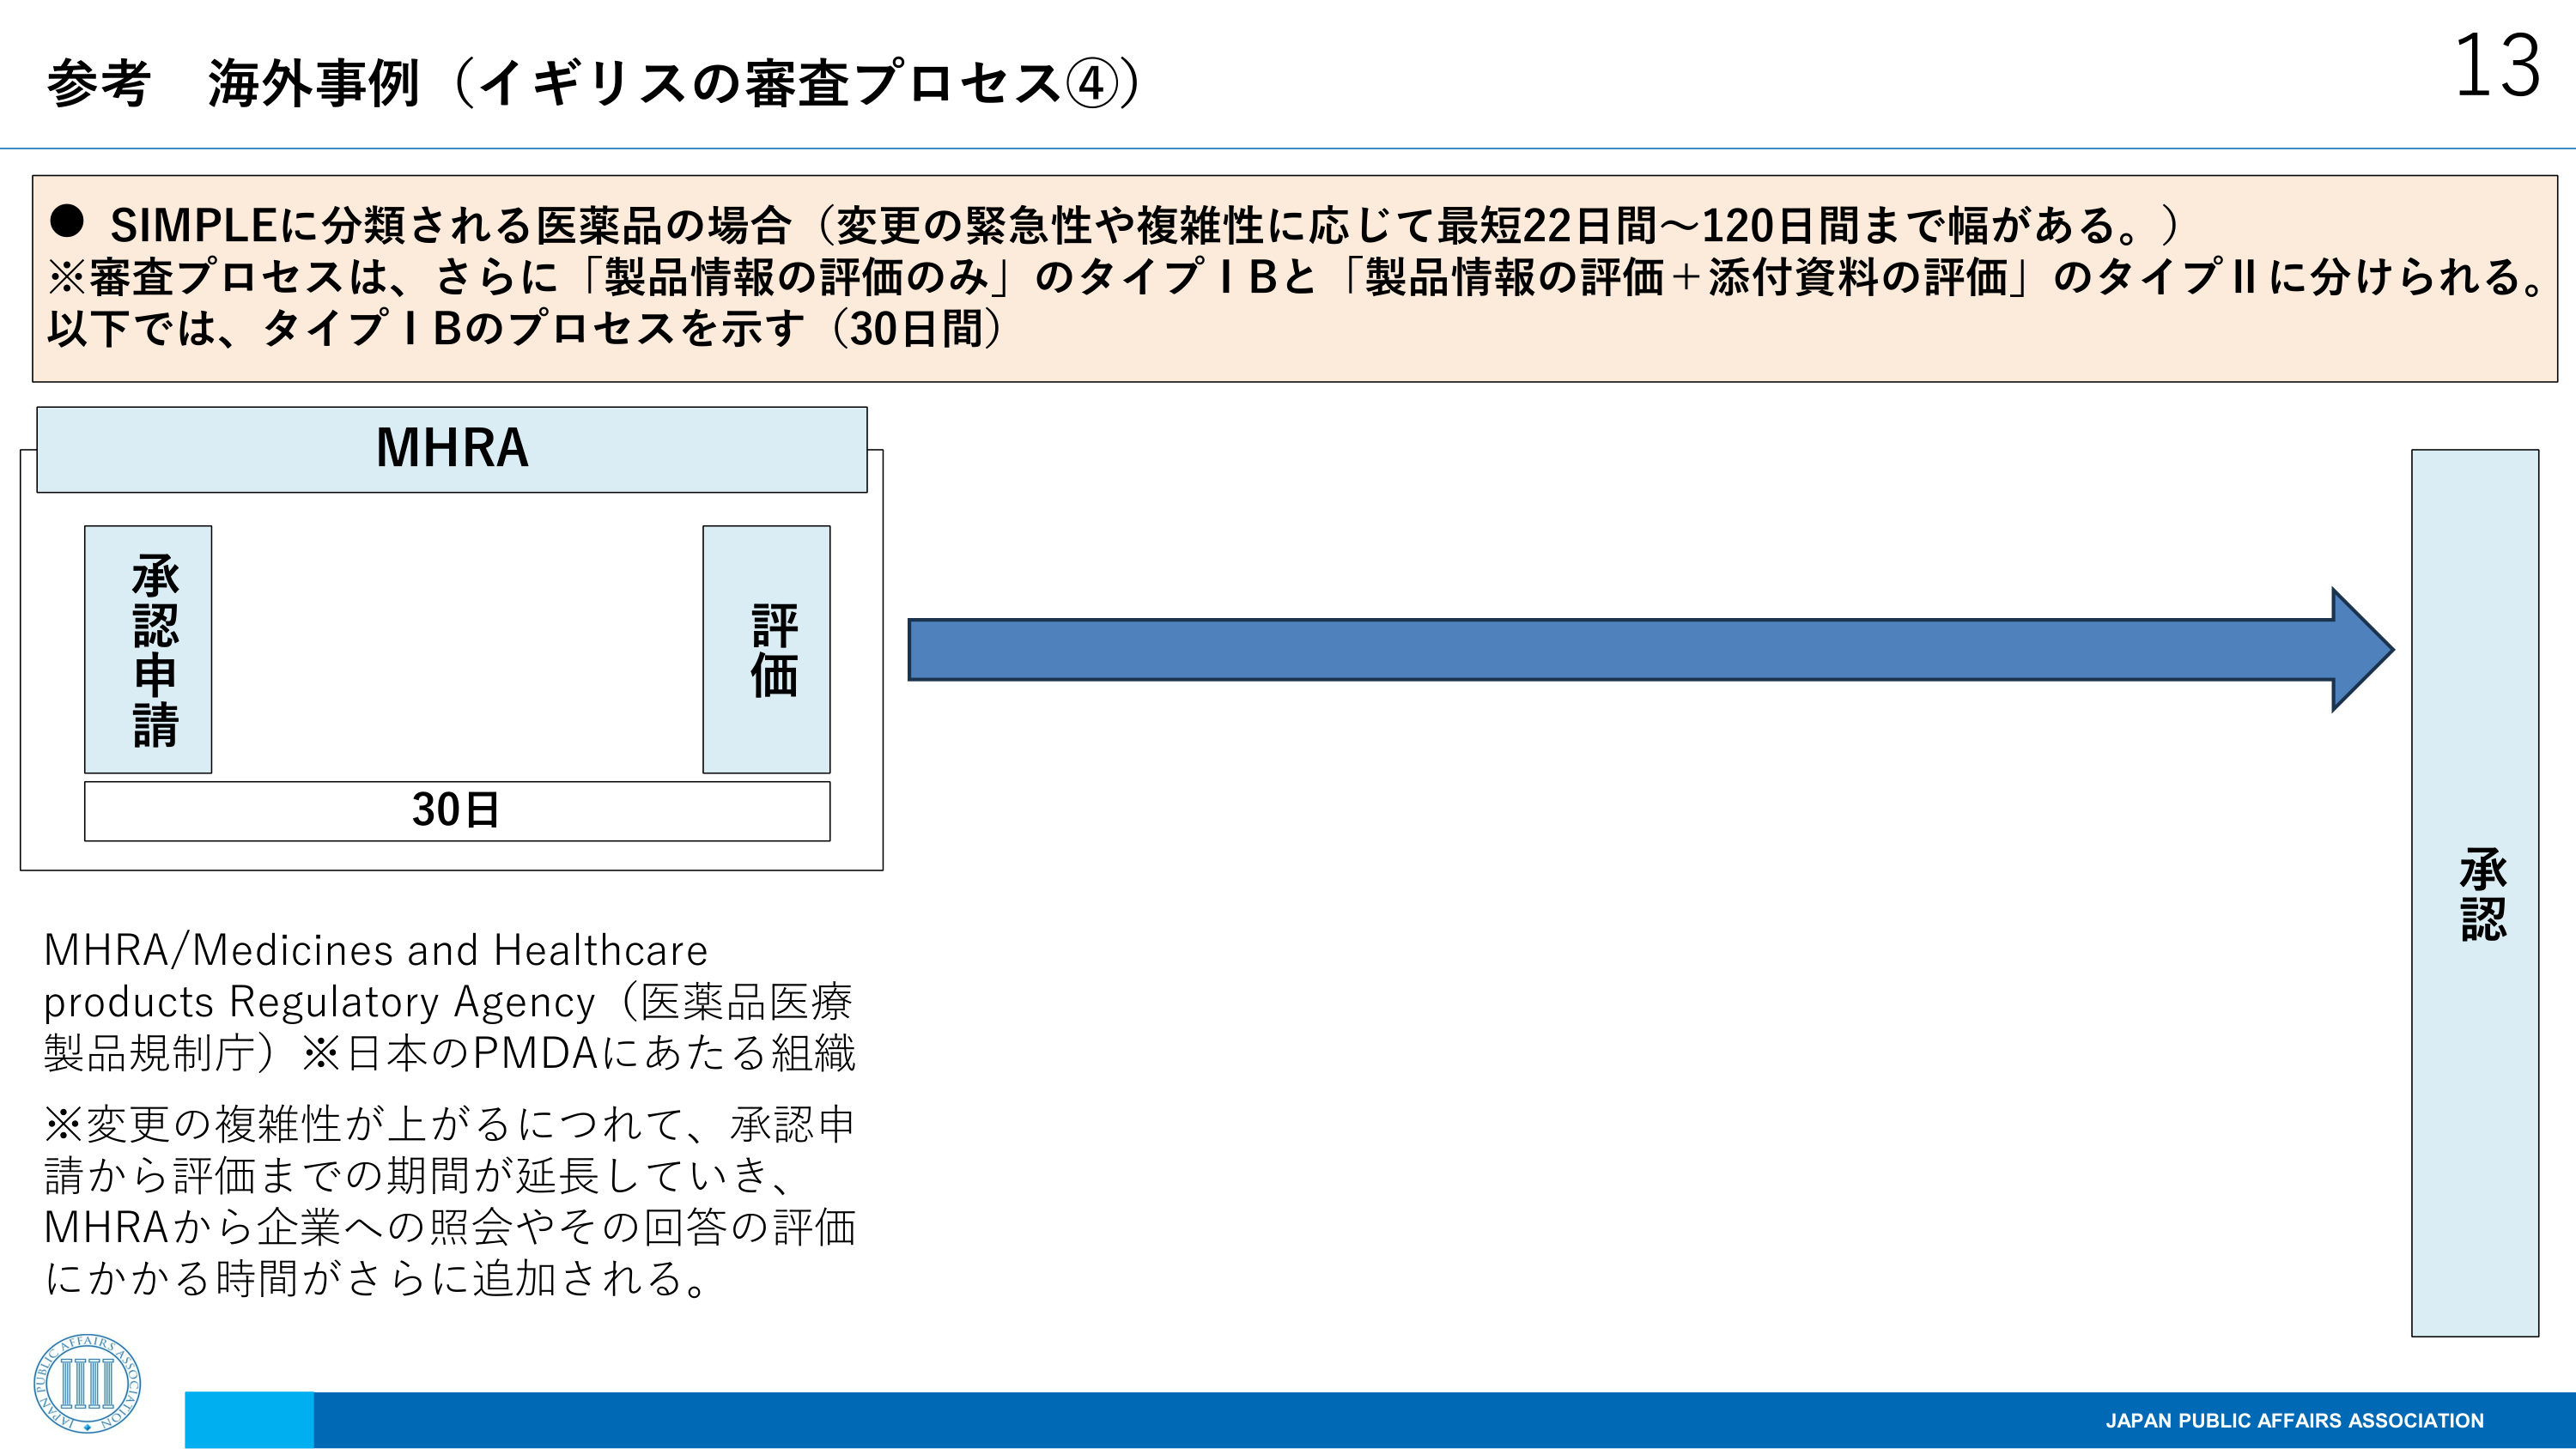
参考 海外事例（イギリスの審査プロセス④）

● SIMPLEに分類される医薬品の場合（変更の緊急性や複雑性に応じて最短22日間～120日間まで幅がある。）
※審査プロセスは、さらに「製品情報の評価のみ」のタイプⅠBと「製品情報の評価＋添付資料の評価」のタイプⅡに分けられる。
以下では、タイプⅠBのプロセスを示す（30日間）

MHRA
承認申請
評価
30日

MHRA/Medicines and Healthcare products Regulatory Agency（医薬品医療製品規制庁）※日本のPMDAにあたる組織
※変更の複雑性が上がるにつれて、承認申請から評価までの期間が延長していき、
MHRAから企業への照会やその回答の評価にかかる時間がさらに追加される。

承認

13
JAPAN PUBLIC AFFAIRS ASSOCIATION